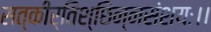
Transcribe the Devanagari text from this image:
सत्कीर्तिश्छिन्नसंशयः।।